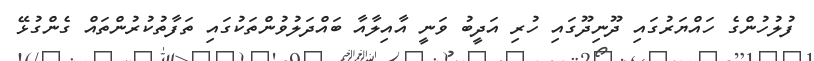
ފުލުހުންގެ ހައްޔަރުގައި ދޫނިދޫގައި ހުރި އަދީބު ވަނީ އާއިލާއާ ބައްދަލުވުންތަކުގައި ތަފާތުކުރުންތައް ގެންގުޅޭ